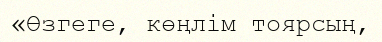
«Өзгеге, көңлім тоярсың,